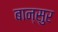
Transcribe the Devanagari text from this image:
बान्सुर